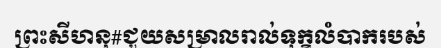
ព្រះសីហនុ#ជួយសម្រាលរាល់ទុក្ខលំបាករបស់